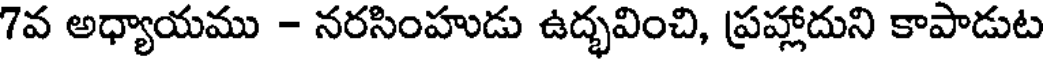
7వ అధ్యాయము - నరసింహుడు ఉద్భవించి, ప్రహ్లాదుని కాపాడుట